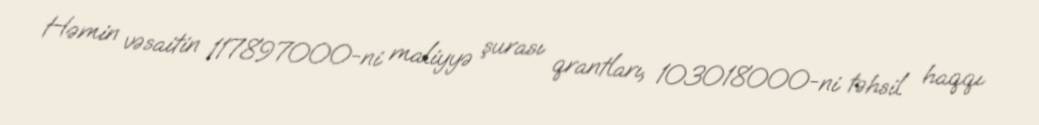
Həmin vəsaitin 117897000-ni maliyyə şurası qrantları, 103018000-ni təhsil haqqı